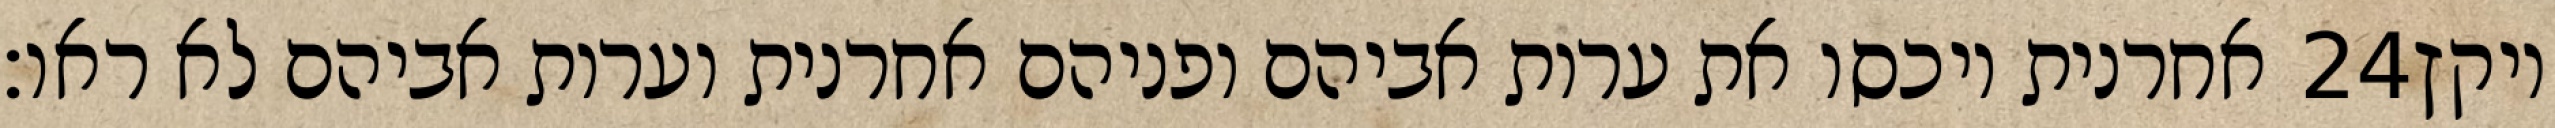
אחרנית ויכסו את ערות אביהם ופניהם אחרנית וערות אביהם לא ראו׃ ‎24‏ ויקץ